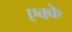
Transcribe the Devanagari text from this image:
एक्के